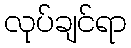
လုပ်ချင်ရာ